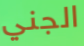
الجني